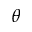
\theta